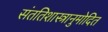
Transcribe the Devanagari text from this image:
संततिशास्त्रानुमोदित